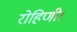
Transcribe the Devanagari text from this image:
रोहिणी।